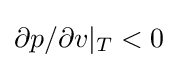
\partial p/\partial v|_{T}<0